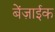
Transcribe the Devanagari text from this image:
बेंज़ाईक